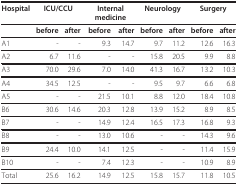
| Hospital | <COLSPAN=2> ICU/CCU | <COLSPAN=2> Internal medicine | <COLSPAN=2> Neurology | <COLSPAN=2> Surgery |
 | --- | --- | --- | --- | --- | --- | --- | --- | --- |
 |  | before | after | before | after | before | after | before | after |
 | A1 | - | - | 9.3 | 14.7 | 9.7 | 11.2 | 12.6 | 16.3 |
 | A2 | 6.7 | 11.6 | - | - | 15.8 | 20.5 | 9.9 | 8.8 |
 | A3 | 70.0 | 29.6 | 7.0 | 14.0 | 41.3 | 16.7 | 13.2 | 10.3 |
 | A4 | 34.5 | 12.5 | - | - | 9.5 | 9.7 | 6.6 | 6.8 |
 | A5 | - | - | 21.5 | 10.1 | 8.8 | 12.0 | 18.4 | 10.8 |
 | B6 | 30.6 | 14.6 | 20.3 | 12.8 | 13.9 | 15.2 | 8.9 | 8.5 |
 | B7 | - | - | 14.9 | 12.4 | 16.5 | 17.3 | 16.8 | 9.3 |
 | B8 | - | - | 13.0 | 10.6 | - | - | 14.3 | 9.6 |
 | B9 | 24.4 | 10.0 | 14.1 | 12.5 | - | - | 11.4 | 15.9 |
 | B10 | - | - | 7.4 | 12.3 | - | - | 10.9 | 8.9 |
 | Total | 25.6 | 16.2 | 14.9 | 12.5 | 15.8 | 15.7 | 11.8 | 10.5 |